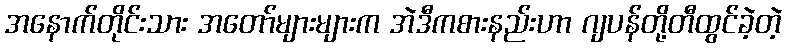
အနောက်တိုင်းသား အတော်များများက အဲဒီကစားနည်းဟာ ဂျပန်တို့တီထွင်ခဲ့တဲ့